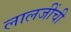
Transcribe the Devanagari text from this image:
लालजींची